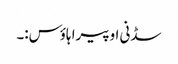
سڈنی اوپیرا ہاؤس:۔